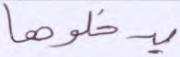
يدخلوها